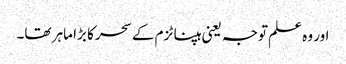
اور وہ علم توجہ یعنی ہپناٹزم کے سحر کا بڑا ماہر تھا۔